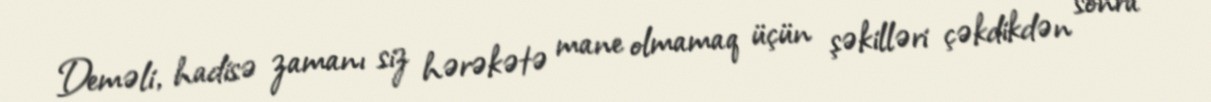
Deməli, hadisə zamanı siz hərəkətə mane olmamaq üçün şəkilləri çəkdikdən sonra